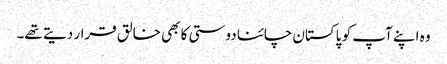
وہ اپنے آپ کو پاکستان چائنا دوستی کا بھی خالق قرار دیتے تھے۔